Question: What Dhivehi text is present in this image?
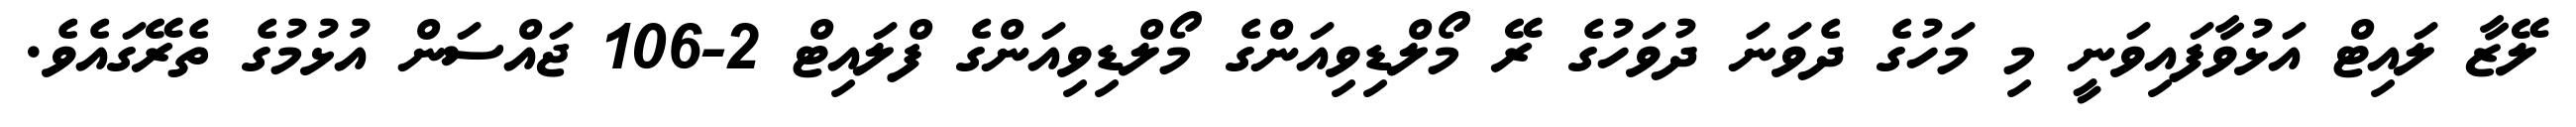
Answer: ލޭޒާ ލައިޓް އަޅުވާފައިވަނީ މި މަހުގެ ދެވަނަ ދުވަހުގެ ރޭ މޯލްޑިވިއަންގެ މޯލްޑިވިއަންގެ ފްލައިޓް 2-106 ޖައްސަން އުޅުމުގެ ތެރޭގައެވެ.